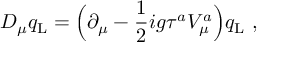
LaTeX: D _ { \mu } q _ { \mathrm { L } } = \Bigl ( \partial _ { \mu } - \frac { 1 } { 2 } i g \tau ^ { a } V _ { \mu } ^ { a } \Bigr ) q _ { \mathrm { L } } \ ,